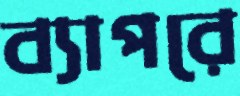
ব্যাপরে